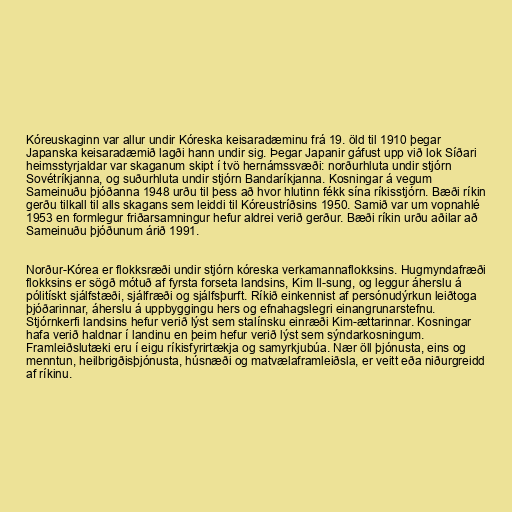
Kóreuskaginn var allur undir Kóreska keisaradæminu frá 19. öld til 1910 þegar
Japanska keisaradæmið lagði hann undir sig. Þegar Japanir gáfust upp við lok Síðari
heimsstyrjaldar var skaganum skipt í tvö hernámssvæði: norðurhluta undir stjórn
Sovétríkjanna, og suðurhluta undir stjórn Bandaríkjanna. Kosningar á vegum
Sameinuðu þjóðanna 1948 urðu til þess að hvor hlutinn fékk sína ríkisstjórn. Bæði ríkin
gerðu tilkall til alls skagans sem leiddi til Kóreustríðsins 1950. Samið var um vopnahlé
1953 en formlegur friðarsamningur hefur aldrei verið gerður. Bæði ríkin urðu aðilar að
Sameinuðu þjóðunum árið 1991.

Norður-Kórea er flokksræði undir stjórn kóreska verkamannaflokksins. Hugmyndafræði
flokksins er sögð mótuð af fyrsta forseta landsins, Kim Il-sung, og leggur áherslu á
pólitískt sjálfstæði, sjálfræði og sjálfsþurft. Ríkið einkennist af persónudýrkun leiðtoga
þjóðarinnar, áherslu á uppbyggingu hers og efnahagslegri einangrunarstefnu.
Stjórnkerfi landsins hefur verið lýst sem stalínsku einræði Kim-ættarinnar. Kosningar
hafa verið haldnar í landinu en þeim hefur verið lýst sem sýndarkosningum.
Framleiðslutæki eru í eigu ríkisfyrirtækja og samyrkjubúa. Nær öll þjónusta, eins og
menntun, heilbrigðisþjónusta, húsnæði og matvælaframleiðsla, er veitt eða niðurgreidd
af ríkinu.